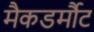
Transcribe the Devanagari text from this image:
मैकडर्मौट